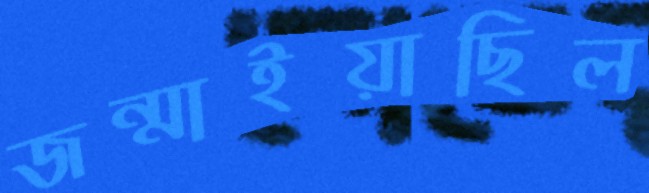
জন্মাইয়াছিল